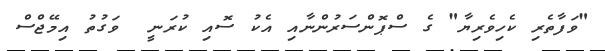
"ވަފާތެރި ކެހިވެރިޔާ" ގެ ސްޕޮންސަރުންނާއި އެކު ސޮއި ކުރަނީ  ވަގުތު އިމޭޖްސް